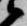
衛